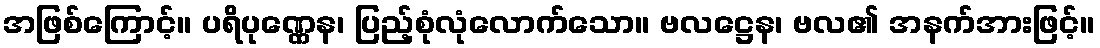
အဖြစ်ကြောင့်။ ပရိပုဏ္ဏေန၊ ပြည့်စုံလုံလောက်သော။ ဗလဋ္ဌေန၊ ဗလ၏ အနက်အားဖြင့်။